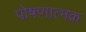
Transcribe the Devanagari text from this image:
पोषणात्मक